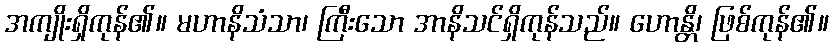
အကျိုးရှိကုန်၏။ မဟာနိသံသာ၊ ကြီးသော အာနိသင်ရှိကုန်သည်။ ဟောန္တိ၊ ဖြစ်ကုန်၏။